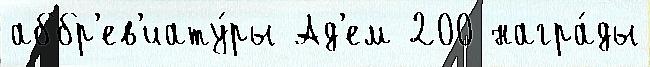
аббр'ев'иату́ры Ад'ем 200 награ́ды